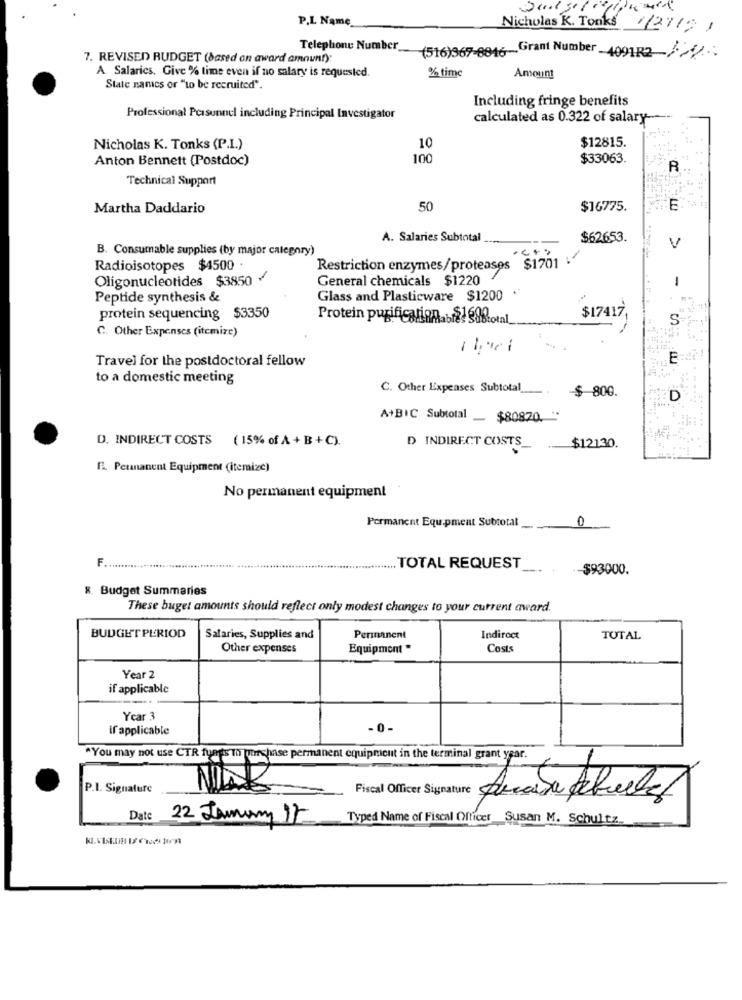
P.L Name
Nicholas K. Tonks 1/27191
Telephone Number
7. REVISED RUDGET (based on award amount).
(516)967-0846-Grant Number - 409182
A. Salarics. Give % time even if no salary is requested.
% time
Amount
State names or "to be recruited".
Including fringe benefits
Professional Personnel including Principal Investigator
calculated as 0.322 of salary -----
$12815.
Nicholas K. Tonks (P.I.)
10
Anton Bennett (Postdoc)
100
$33063.
R
Technical Support
Martha Daddario
50
$16775.
E
A. Salaries Subtotal
$62653.
B. Consumable supplies (by major category)
V
Radioisotopes $4500 .
Restriction enzymes/proteases $1701 .
Oligonucleotides $3850 .
General chemicals $1220
Peptide synthesis &
Glass and Plasticware $1200 .
protein sequencing $3350
Protein purification. 8 90&total
$17417,
S
C. Other Expenses (itemize)
Travel for the postdoctoral fellow
E
to a domestic meeting
C. Other Expenses Subtotal
$ 800.
D
A+BIC Subtotal $80820. "
D. INDIRECT COSTS ( 15% of A + B + C).
D INDIRECT COSTS
$12130.
EL Peuanancut Equipment (itemize)
No permanent equipment
Permanent Equipment Subtotal
0
............................................ .......
...... TOTAL REQUEST
-$93000.
8. Budget Summaries
These buget amounts should reflect only modest changes to your current award.
BUDGET PERIOD
Salaries, Supplies and
Permanent
Indiroct
TOTAL
Other expenses
Equipment "
Costs
Year 2
if applicable
Year 3
if applicable
"You may not use CTR fungs Th purchase permanent equipment in the terminal grant year.
P.I. Signature
Fiscal Officer Signature
Date
22 January 17
Typed Name of Fiscal Officer_Susan M. Schultz